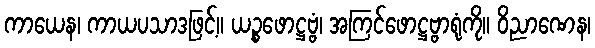
ကာယေန၊ ကာယပသာဒဖြင့်။ ယဉ္စဖောဋ္ဌဗ္ဗံ၊ အကြင်ဖောဋ္ဌဗ္ဗာရုံကို။ ဝိညာဏေန၊